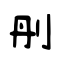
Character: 刐